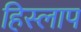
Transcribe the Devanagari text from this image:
हिस्लाप